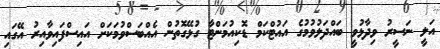
އަލީ ނަސީރު ވިދާޅުވީ ބައްދަލުވުމުގެ އައުޓްކަމް ޑޮކިއުމަންޓާ ގުޅޭގޮތުން އެއްބަސްވުމަކަށް އައިސްފައިވާއިރު އޭގައި